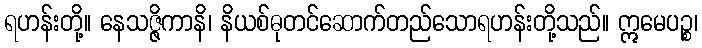
ရဟန်းတို့။ နေသဇ္ဇိကာနိ၊ နိယစ်ဓုတင်ဆောက်တည်သောရဟန်းတို့သည်။ ဣမေပဉ္စ၊